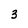
Character: 3